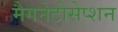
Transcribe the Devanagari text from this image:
मैगनेटोसेप्शन